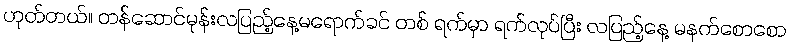
ဟုတ်တယ်။ တန်ဆောင်မုန်းလပြည့်နေ့မရောက်ခင် တစ် ရက်မှာ ရက်လုပ်ပြီး လပြည့်နေ့ မနက်စောစော